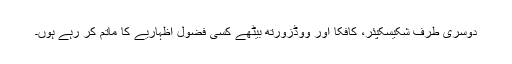
دوسری طرف شکیسکپئر، کافکا اور ووڈزورتھ بیٹھے کسی فضول اظہاریے کا ماتم کر رہے ہوں۔